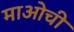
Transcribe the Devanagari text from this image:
माओची